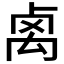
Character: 𥜽